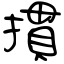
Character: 摜